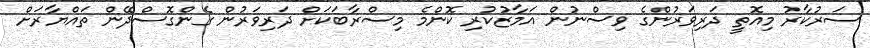
ސަރުކާރު މިއޮތީ ދަރިވަރުންގެ ވިސްނުން އަމާޒުކުރި ކޮންމެ މިސްރާބަކަށް ދަރިވަރުން ގެންގޮސްދޭން ތައްޔާރަށް